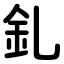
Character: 釓